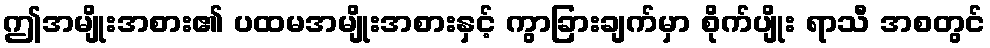
ဤအမျိုးအစား၏ ပထမအမျိုးအစားနှင့် ကွာခြားချက်မှာ စိုက်ပျိုး ရာသီ အစတွင်